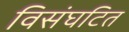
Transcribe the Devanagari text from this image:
विसंघटित